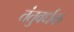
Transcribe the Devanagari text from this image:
तंतुवर्धक